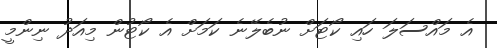
އެ މައްސަލަ ހައި ކޯޓަށް ނުބެލޭނެ ކަމަށް އެ ކޯޓުން މިއަދު ނިންމީ